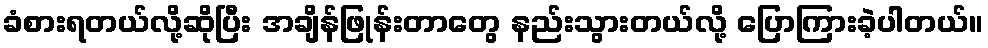
ခံစားရတယ်လို့ဆိုပြီး အချိန်ဖြုန်းတာတွေ နည်းသွားတယ်လို့ ပြောကြားခဲ့ပါတယ်။